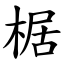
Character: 椐